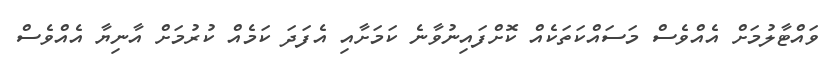
ވައްޓާލުމަށް އެއްވެސް މަސައްކަތަކެއް ކޮށްފައިނުވާނެ ކަމަށާއި އެފަދަ ކަމެއް ކުރުމަށް އާނިޔާ އެއްވެސް